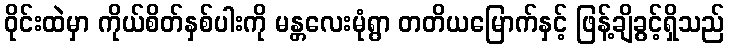
ဝိုင်းထဲမှာ ကိုယ်စိတ်နှစ်ပါးကို မန္တလေးမုံရွာ တတိယမြောက်နှင့် ဖြန့်ချိခွင့်ရှိသည်